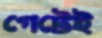
গেটেই